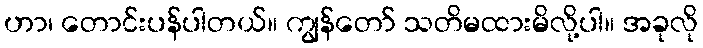
ဟာ၊ တောင်းပန်ပါတယ်။ ကျွန်တော် သတိမထားမိလို့ပါ။ အခုလို